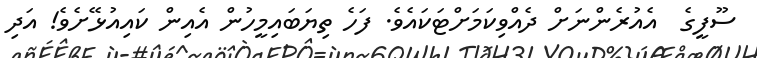
ސޫފީގެ  އެއުރެންނަށް ދެއްވިކަމަށްޓަކައެވެ. ފަހެ ތިޔަބައިމީހުން އެއިން ކައިއުޅޭށެވެ! އަދި